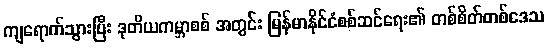
ကျရောက်သွားပြီး ဒုတိယကမ္ဘာစစ် အတွင်း မြန်မာနိုင်ငံစစ်ဆင်ရေး၏ တစ်စိတ်တစ်ဒေသ